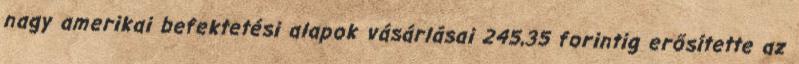
nagy amerikai befektetési alapok vásárlásai 245,35 forintig erősítette az